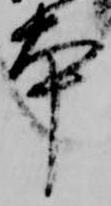
本